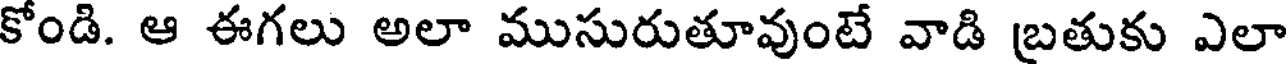
కోండి. ఆ ఈగలు అలా ముసురుతూవుంటే వాడి బ్రతుకు ఎలా